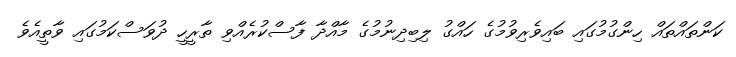
ކަންތައްތައް ހިންގުމުގައި ބައިވެރިވުމުގެ ހައްގު ލިބިދިނުމުގެ މާއްދާ ފާސްކުރެއްވި ތާރީހީ ދުވަސްކަމުގައި ވާތީއެވެ